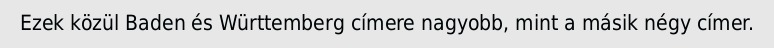
Ezek közül Baden és Württemberg címere nagyobb, mint a másik négy címer.